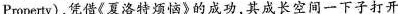
Property),凭借《夏洛特烦恼》的成功其成长空间一下子打开